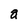
Character: a